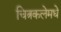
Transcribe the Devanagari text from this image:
चित्रकलेमधे